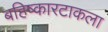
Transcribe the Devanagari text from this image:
बहिष्कारटाकला